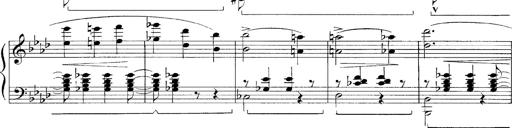
Title: FÃ¼nf KlavierstÃ¼cke
Composer: Franz Liszt